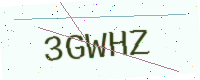
Text: 3GWHZ